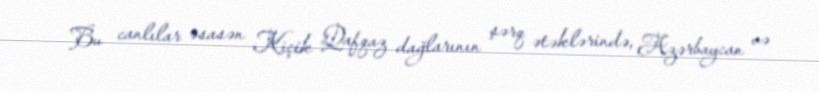
Bu canlılar əsasən Kiçik Qafqaz dağlarının şərq ətəklərində, Azərbaycan və